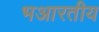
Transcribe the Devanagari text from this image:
भआरतीय